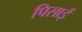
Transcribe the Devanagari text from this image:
पिसाईं